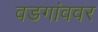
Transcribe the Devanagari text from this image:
वडगांववर